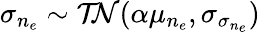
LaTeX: \sigma_{n_{e}}\sim\mathcal{TN}(\alpha\mu_{n_{e}},\sigma_{\sigma_{n_{e}}})